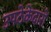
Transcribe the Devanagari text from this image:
उपठेकेदारों